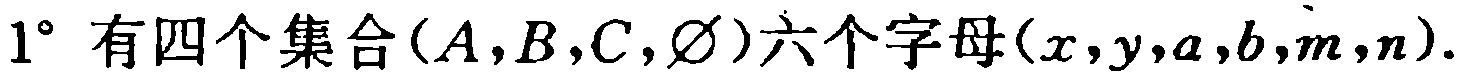
$1^{\circ}$ 有四个集合$(A,B,C,\varnothing)$六个字母$(x,y,a,b,m,n)$.